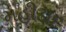
મહીડાદ